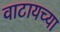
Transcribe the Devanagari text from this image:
वाटायच्या